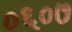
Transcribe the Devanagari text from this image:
०६०७